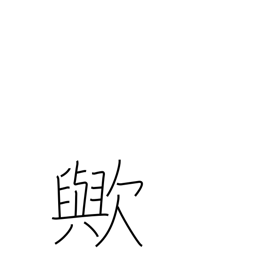
Meaning: interrogative particle